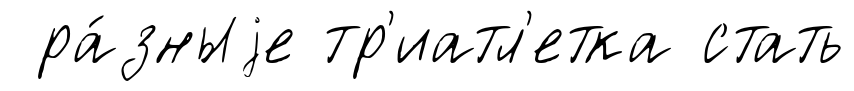
ра́зныjе тр'иатл'етка стать